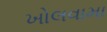
ખોલવામા